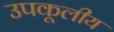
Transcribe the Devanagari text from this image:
उपकूलीय